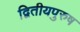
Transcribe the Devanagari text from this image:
द्वितीयपुरुष